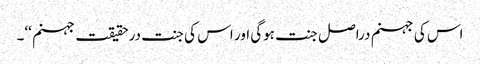
اس کی جہنم دراصل جنت ہوگی اور اس کی جنت درحقیقت جہنم ‘‘۔